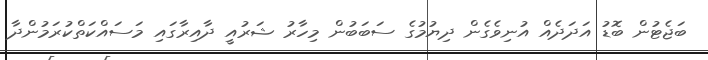
ބަޖެޓުން ބޮޑު އަދަދެއް އުނިވެގެން ދިޔުމުގެ ސަބަބުން މިހާރު ޝަރުއީ ދާއިރާގައި މަސައްކަތްކުރަމުންދާ